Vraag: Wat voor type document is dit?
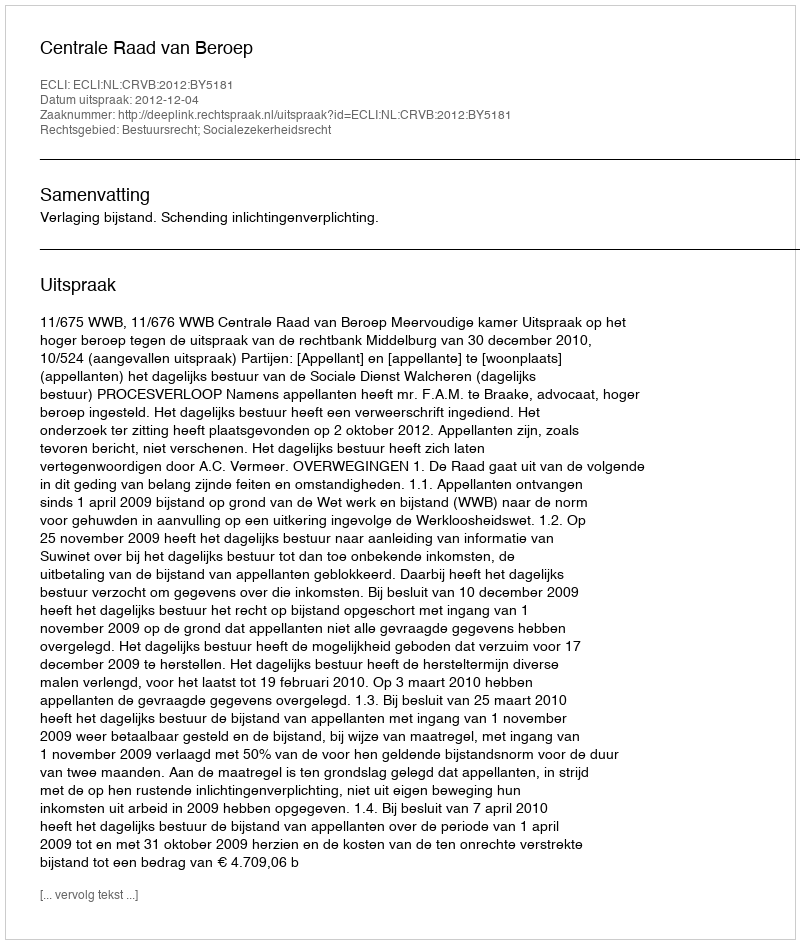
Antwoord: Uitspraak